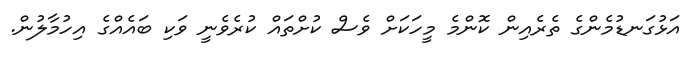
އަޅުގަނޑުމެންގެ ތެރެއިން ކޮންމެ މީހަކަށް ވެސް ކުށްތައް ކުރެވެނީ ވަކި ބައެއްގެ އިހުމާލުން.